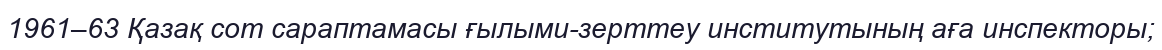
1961–63 Қазақ сот сараптамасы ғылыми-зерттеу институтының аға инспекторы;